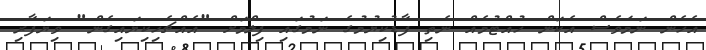
އެހެން ނަމަވެސް އެކަން ހުއްޓުމެއް ނެތި ފާޑުކިޔުމުގެ ނަމުގައި ފިލްމަށް "އެއްޗެހިކިޔައިގެން" ވިޔަފާރި